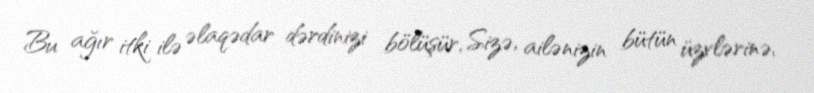
Bu ağır itki ilə əlaqədar dərdinizi bölüşür, Sizə, ailənizin bütün üzvlərinə,